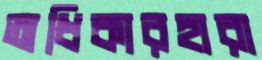
অধিকারহারা